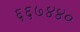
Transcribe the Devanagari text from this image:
६६७४४०